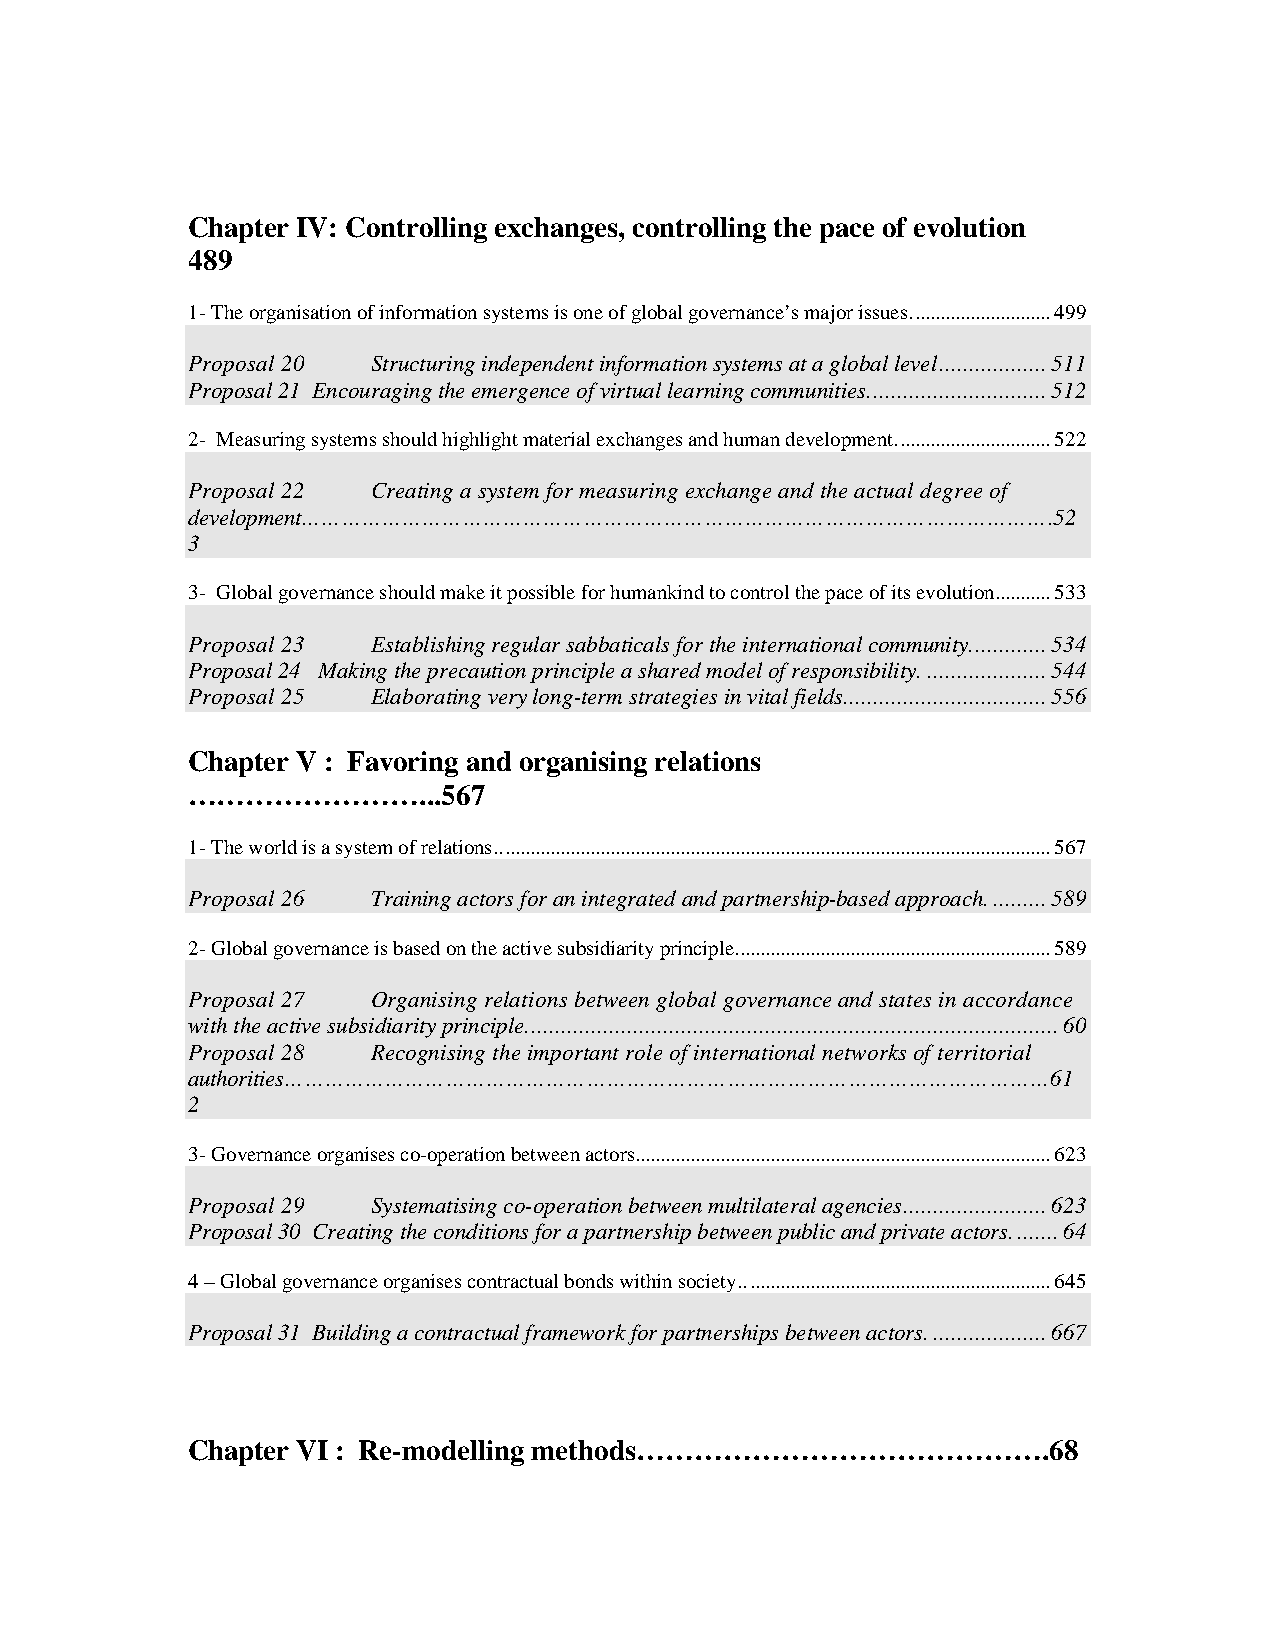
Chapter IV: Controlling exchanges, controlling the pace of evolution
 489
 1- The organisation of information systems is one of global governance’s major issues............................499
 Proposal 20  Structuring independent information systems at a global level..................511
 Proposal 21 Encouraging the emergence of virtual learning communities..............................512
 2- Measuring systems should highlight material exchanges and human development...............................522
 Proposal 22  Creating a system for measuring exchange and the actual degree of
 development………………………………………………………………………………………………….52
 3
 3- Global governance should make it possible for humankind to control the pace of its evolution...........533
 Proposal 23  Establishing regular sabbaticals for the international community.............534
 Proposal 24 Making the precaution principle a shared model of responsibility.....................544
 Proposal 25  Elaborating very long-term strategies in vital fields..................................556
 Chapter V : Favoring and organising relations
 ……………………...567
 1- The world is a system of relations...............................................................................................................567
 Proposal 26  Training actors for an integrated and partnership-based approach..........589
 2- Global governance is based on the active subsidiarity principle...............................................................589
 Proposal 27  Organising relations between global governance and states in accordance
 with the active subsidiarity principle.........................................................................................60
 Proposal 28  Recognising the important role of international networks of territorial
 authorities……………………………………………………………………………………………………61
 2
 3- Governance organises co-operation between actors...................................................................................623
 Proposal 29  Systematising co-operation between multilateral agencies........................623
 Proposal 30 Creating the conditions for a partnership between public and private actors........64
 4 – Global governance organises contractual bonds within society..............................................................645
 Proposal 31 Building a contractual framework for partnerships between actors....................667
 Chapter VI : Re-modelling methods…………………………………….68